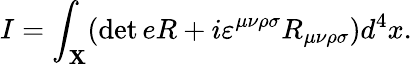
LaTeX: I=\int_{\mathbf{X}}(\operatorname*{det}eR+i\varepsilon^{\mu\nu\rho\sigma}R_{\mu\nu\rho\sigma})d^{4}x.